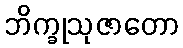
ဘိက္ခုသုဇာတော